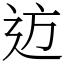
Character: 䢍